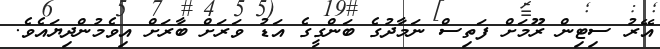
އޭރު ސިޓިން ރޫމަށް ފަތިސް ނަމާދުގެ ބަންގީގެ އަޑު ވަރަށް ބާރަށް އިވެމުންދިޔައެވެ.